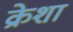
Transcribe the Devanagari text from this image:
क्रेशा